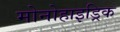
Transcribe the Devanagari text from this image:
मोनोहाइड्रिक